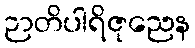
ဉာတိပါရိဇုညေန